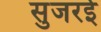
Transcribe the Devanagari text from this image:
सुजरई